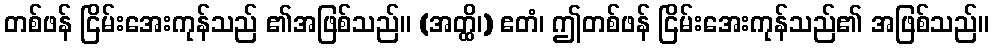
တစ်ဖန် ငြိမ်းအေးကုန်သည် ၏အဖြစ်သည်။ (အတ္ထိ၊) ဧတံ၊ ဤတစ်ဖန် ငြိမ်းအေးကုန်သည်၏ အဖြစ်သည်။